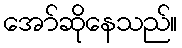
အော်ဆိုနေသည်။